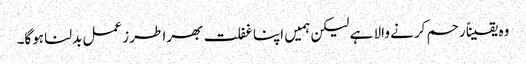
وہ یقیناً رحم کرنے والا ہے لیکن ہمیں اپنا غفلت بھرا طرز عمل بدلنا ہوگا۔